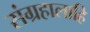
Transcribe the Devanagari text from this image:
संग्रहालाहि